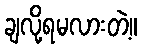
ချလို့ရမလားတဲ့။